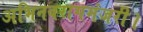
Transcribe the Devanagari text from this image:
अभिनवरागमंजरी।